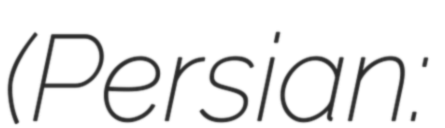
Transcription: (Persian: